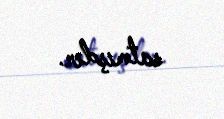
satmışdır.